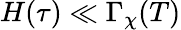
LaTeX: H(\tau)\ll\Gamma_{\chi}(T)